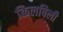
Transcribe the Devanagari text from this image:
किलबिली